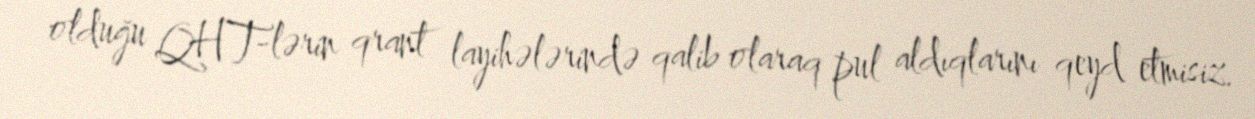
olduğu QHT-lərin qrant layihələrində qalib olaraq pul aldıqlarını qeyd etmisiz.